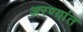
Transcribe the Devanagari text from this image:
अरण्यांत